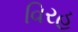
વિરહ